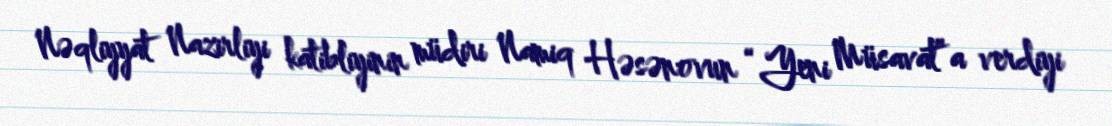
Nəqliyyat Nazirliyi katibliyinin müdiri Namiq Həsənovun “Yeni Müsavat”a verdiyi